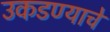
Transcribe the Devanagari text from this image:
उकडण्याचे